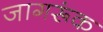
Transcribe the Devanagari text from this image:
जागरूंक